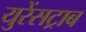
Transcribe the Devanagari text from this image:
युरेंसट्राब